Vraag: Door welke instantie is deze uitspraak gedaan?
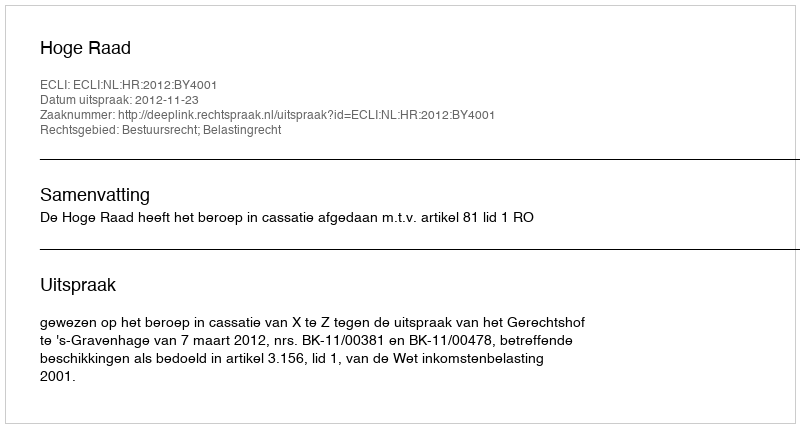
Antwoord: Hoge Raad